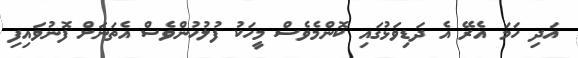
އަދި ހަމަ އެރޭ އެ ދަޑިވަޅުގައި ކޮންމެވެސް މީހަކު ފުލުހުންވެސް އެތަނަށް ފޮނުވައިފި